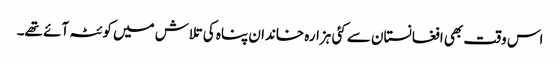
اس وقت بھی افغانستان سے کئی ہزارہ خاندان پناہ کی تلاش میں کوئٹہ آئے تھے۔